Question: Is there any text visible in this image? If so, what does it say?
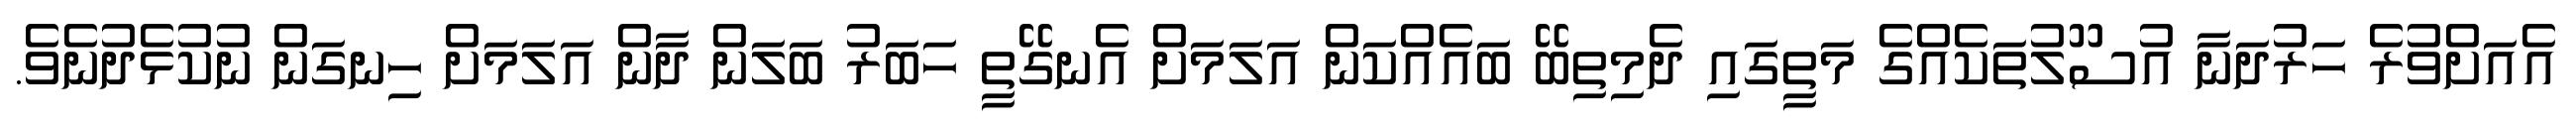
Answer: އެއަށްވުރެ ހަރުދަނާ އުސޫލުތަކެއްގެ މަތީގައި ދެމިތިބޭ ބައެއްކަން އަލަމަށް އެނގޭތީ ހަބަރު ބަލަން ދާން އަލަމަށް ހިނގަން ނުކުޅެދުނެވެ.